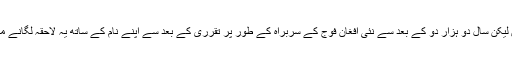
بسم اللہ محمدی جنرل نہیں ہیں لیکن سال دو ہزار دو کے بعد سے نئی افغان فوج کے سربراہ کے طور پر تقرری کے بعد سے اپنے نام کے ساتھ یہ لاحقہ لگانے میں خوشی محسوس کرتے ہیں۔